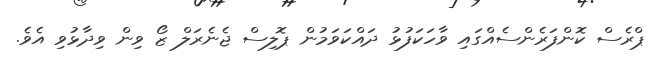
ޕްރެސް ކޮންފަރެންސެއްގައި ވާހަކަފުޅު ދައްކަވަމުން ޕޮލިސް ޖެނެރަލް ޒޯ ވިން ވިދާޅުވި އެވެ.